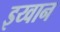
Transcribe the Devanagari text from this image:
इय्वान